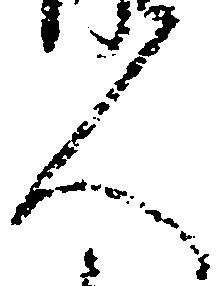
人